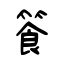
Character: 篒